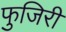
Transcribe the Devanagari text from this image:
फुजिरी